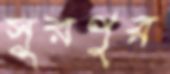
সুরপুর